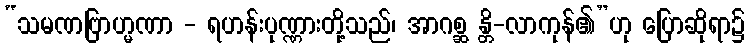
“သမဏဗြာဟ္မဏာ - ရဟန်းပုဏ္ဏားတို့သည်၊ အာဂစ္ဆ န္တိ-လာကုန်၏”ဟု ပြောဆိုရာ၌